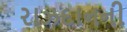
રાઝદાનની